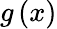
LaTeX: g\left(x\right)